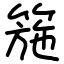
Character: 箷